Vaccination in Bombay 1924-1928 - 1924-1928
Year: 1924
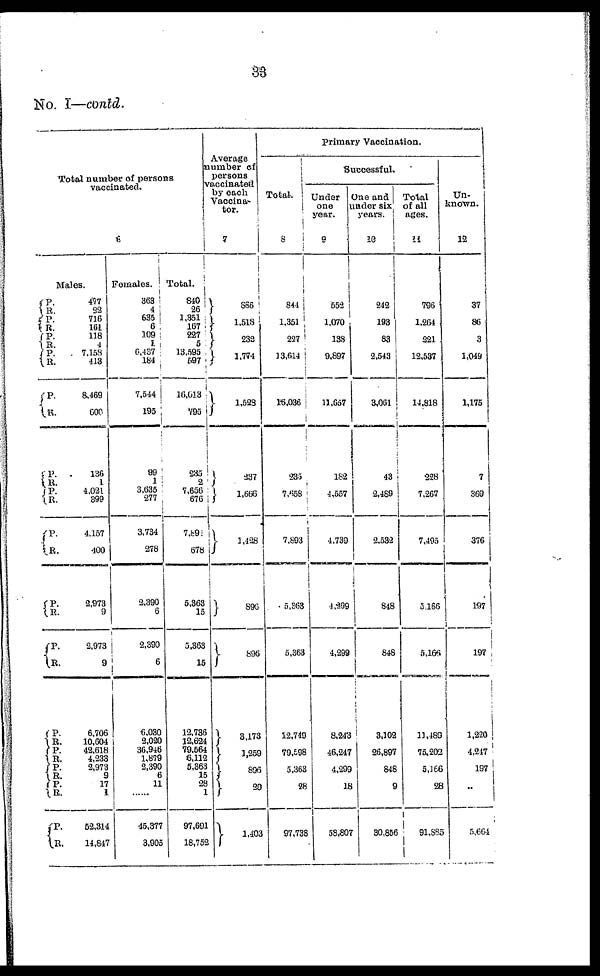
33
No. I—contd.
Total number of persons
vaccinated.
6
Males.
P.
R.
P.
R.
P.
R.
P.
R.
P.
R.
P.
R.
P.
R.
P.
R.
P.
R.
P.
R.
P.
R.
P. R.
P. R.
P.
R.
P. R.
477
22
716
161
118
4
7,153
413
8,469
600
136
1
4,021
399
4,157
400
2,973
9
2,973
9
6,706
10,604
42,618
4,233
2,973
9
17
1
52,314
14,847
Females.
363
4
635
6
109
1
6,437
184
7,544
195
99
1
3,635
277
3,734
278
2,390
6
2,390
6
6,030
2,020
36,946
1,879
2,390
6
11
......
45,377
3,905
Total.
840
26
1,351
167
227
5
13,595
597
16,613
795
235
2
7,656
676
7,891
678
5,363
15
5,363
15
12,736
12,624
79,564
6,112
5,363
15
28
1
97,691
18,752
Average
number of
persons
vaccinated
by each
Vaccina-
tor.
7
866
1,518
232
1,774
1,528
237
1,666
1,428
896
896
3,173
1,259
896
29
1,403
Primary Vaccination.
Total.
8
844
1,351
227
13,614
16,036
235
7,658
7,893
5,363
5,363
12,749
79,598
5,363
28
97,738
Successful.
Under
one
year.
9
552
1,070
138
9,897
11,657
182
4,557
4,739
4,299
4,299
8,243
46,247
4,299
18
58,807
One and
under six
years.
10
242
193
83
2,543
3,061
43
2,489
2,532
848
848
3,102
26,897
848
9
30,856
Total
of all
ages.
11
796
1,264
221
12,537
14,818
228
7,267
7,495
5,166
5,166
11,489
75,202
5,166
28
91,885
Un-
known.
12
37
86
3
1,049
1,175
7
369
376
197
197
1,220
4,247
197
..
5,664